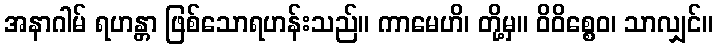
အနာဂါမ် ရဟန္တာ ဖြစ်သောရဟန်းသည်။ ကာမေဟိ၊ တို့မှ။ ဝိဝိစ္စေဝ၊ သာလျှင်။